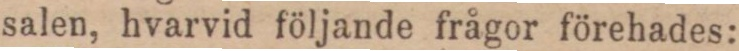
salen, hvarvid följande frågor förehades: